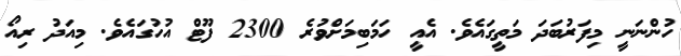
ހުންނަނީ މިފަރުބަދަ މަތީގައެވެ. އެއީ ހަަމަބިމަށްވުރެ 2300 ފޫޓް އުހުގައެވެ. މިއަދު ރިއޯ